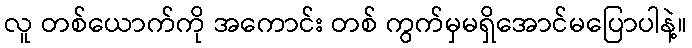
လူ တစ်ယောက်ကို အကောင်း တစ် ကွက်မှမရှိအောင်မပြောပါနဲ့။